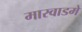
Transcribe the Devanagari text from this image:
मारवाडमें